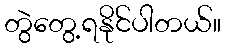
တွဲတွေ့ရနိုင်ပါတယ်။